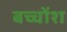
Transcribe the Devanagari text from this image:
बच्चोंश